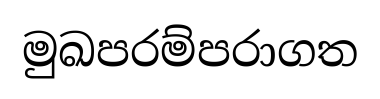
මුඛපරම්පරාගත